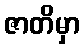
ဇာတိမှာ